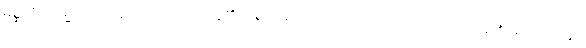
မိစ္ဆာဒိဋ္ဌိကမ္မသမာဒါနာ၊ မှားသောအယူ၏အစွမ်းဖြင့် ဆောက်တည်အပ်သောကံရှိကုန်၏။ တေ သတ္တာ၊